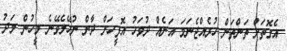
އެގޮތަށް ތަންތަން ހުރެއްޖެނަމަ އަނެއް ދުވަހު އޮފީހަށް ދާން ނުހޭލެވޭނެ މީހުން މަދު